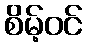
စိမ့်ဝင်